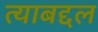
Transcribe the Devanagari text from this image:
त्‍याबद्दल